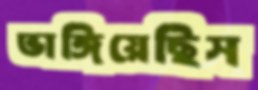
ভাঙ্গিয়েছিস